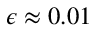
\epsilon \approx 0 . 0 1